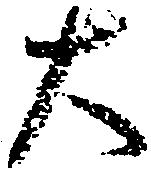
大